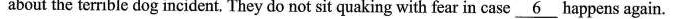
about the terrible dog incident. They do not sit quaking with fear in case 6 happens again.